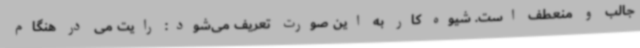
جالب و منعطف است. شیوه کار به این صورت تعریف می‌شود: رایت می در هنگام